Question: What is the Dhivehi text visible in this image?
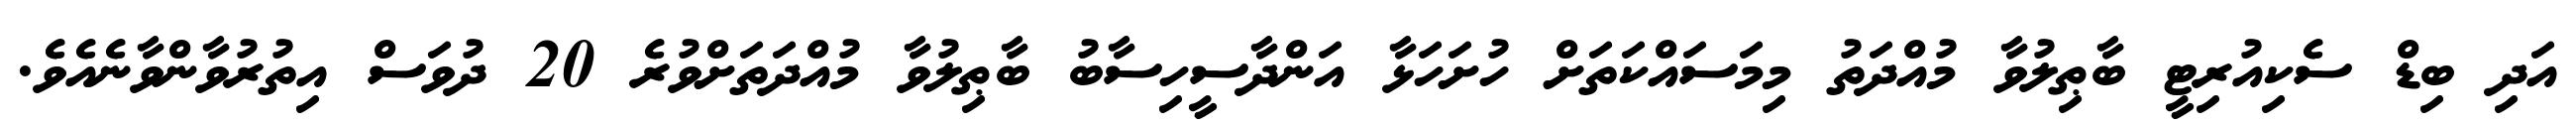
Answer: އަދި ބިޑް ސެކިއުރިޓީ ބާޠިލުވާ މުއްދަތު މިމަސައްކަތަށް ހުށަހަޅާ އަންދާސީހިސާބު ބާޠިލުވާ މުއްދަތަށްވުރެ 20 ދުވަސް އިތުރުވާންވާނެއެވެ.